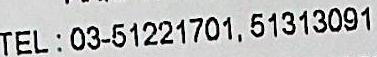
TEL: 03-51221701, 51313091